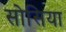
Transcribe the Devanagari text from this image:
सोसिया